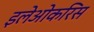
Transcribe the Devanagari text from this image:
इलेओकरिस